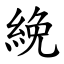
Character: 絻